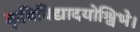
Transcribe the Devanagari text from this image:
कृषिविद्यादयोश्विभे।